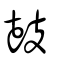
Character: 鼓